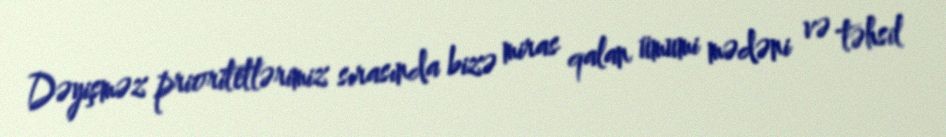
Dəyişməz prioritetlərimiz sırasında bizə miras qalan ümumi mədəni və təhsil